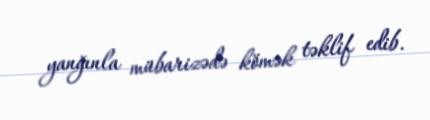
yanğınla mübarizədə kömək təklif edib.